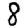
Digit: 8